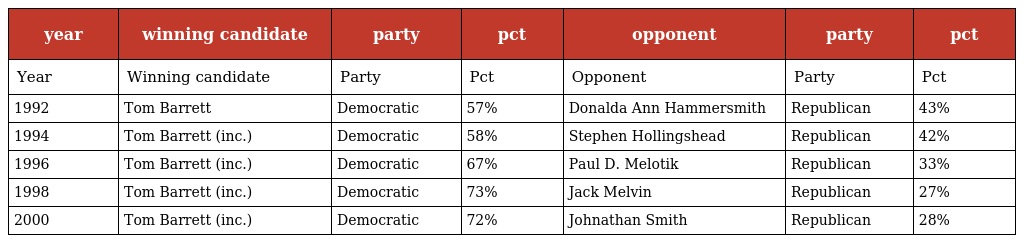
| year | winning candidate | party | pct | opponent | party | pct |
 | --- | --- | --- | --- | --- | --- | --- |
 | Year | Winning candidate | Party | Pct | Opponent | Party | Pct |
 | 1992 | Tom Barrett | Democratic | 57% | Donalda Ann Hammersmith | Republican | 43% |
 | 1994 | Tom Barrett (inc.) | Democratic | 58% | Stephen Hollingshead | Republican | 42% |
 | 1996 | Tom Barrett (inc.) | Democratic | 67% | Paul D. Melotik | Republican | 33% |
 | 1998 | Tom Barrett (inc.) | Democratic | 73% | Jack Melvin | Republican | 27% |
 | 2000 | Tom Barrett (inc.) | Democratic | 72% | Johnathan Smith | Republican | 28% |